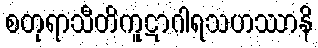
စတုရာသီတိကူဋာဂါရသဟဿာနိ